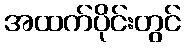
အထက်ပိုင်းတွင်